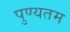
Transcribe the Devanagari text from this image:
पुण्यतम